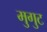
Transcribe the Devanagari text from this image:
मुगुट